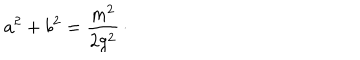
a ^ { 2 } + b ^ { 2 } = { \frac { m ^ { 2 } } { 2 g ^ { 2 } } } \, \cdotp